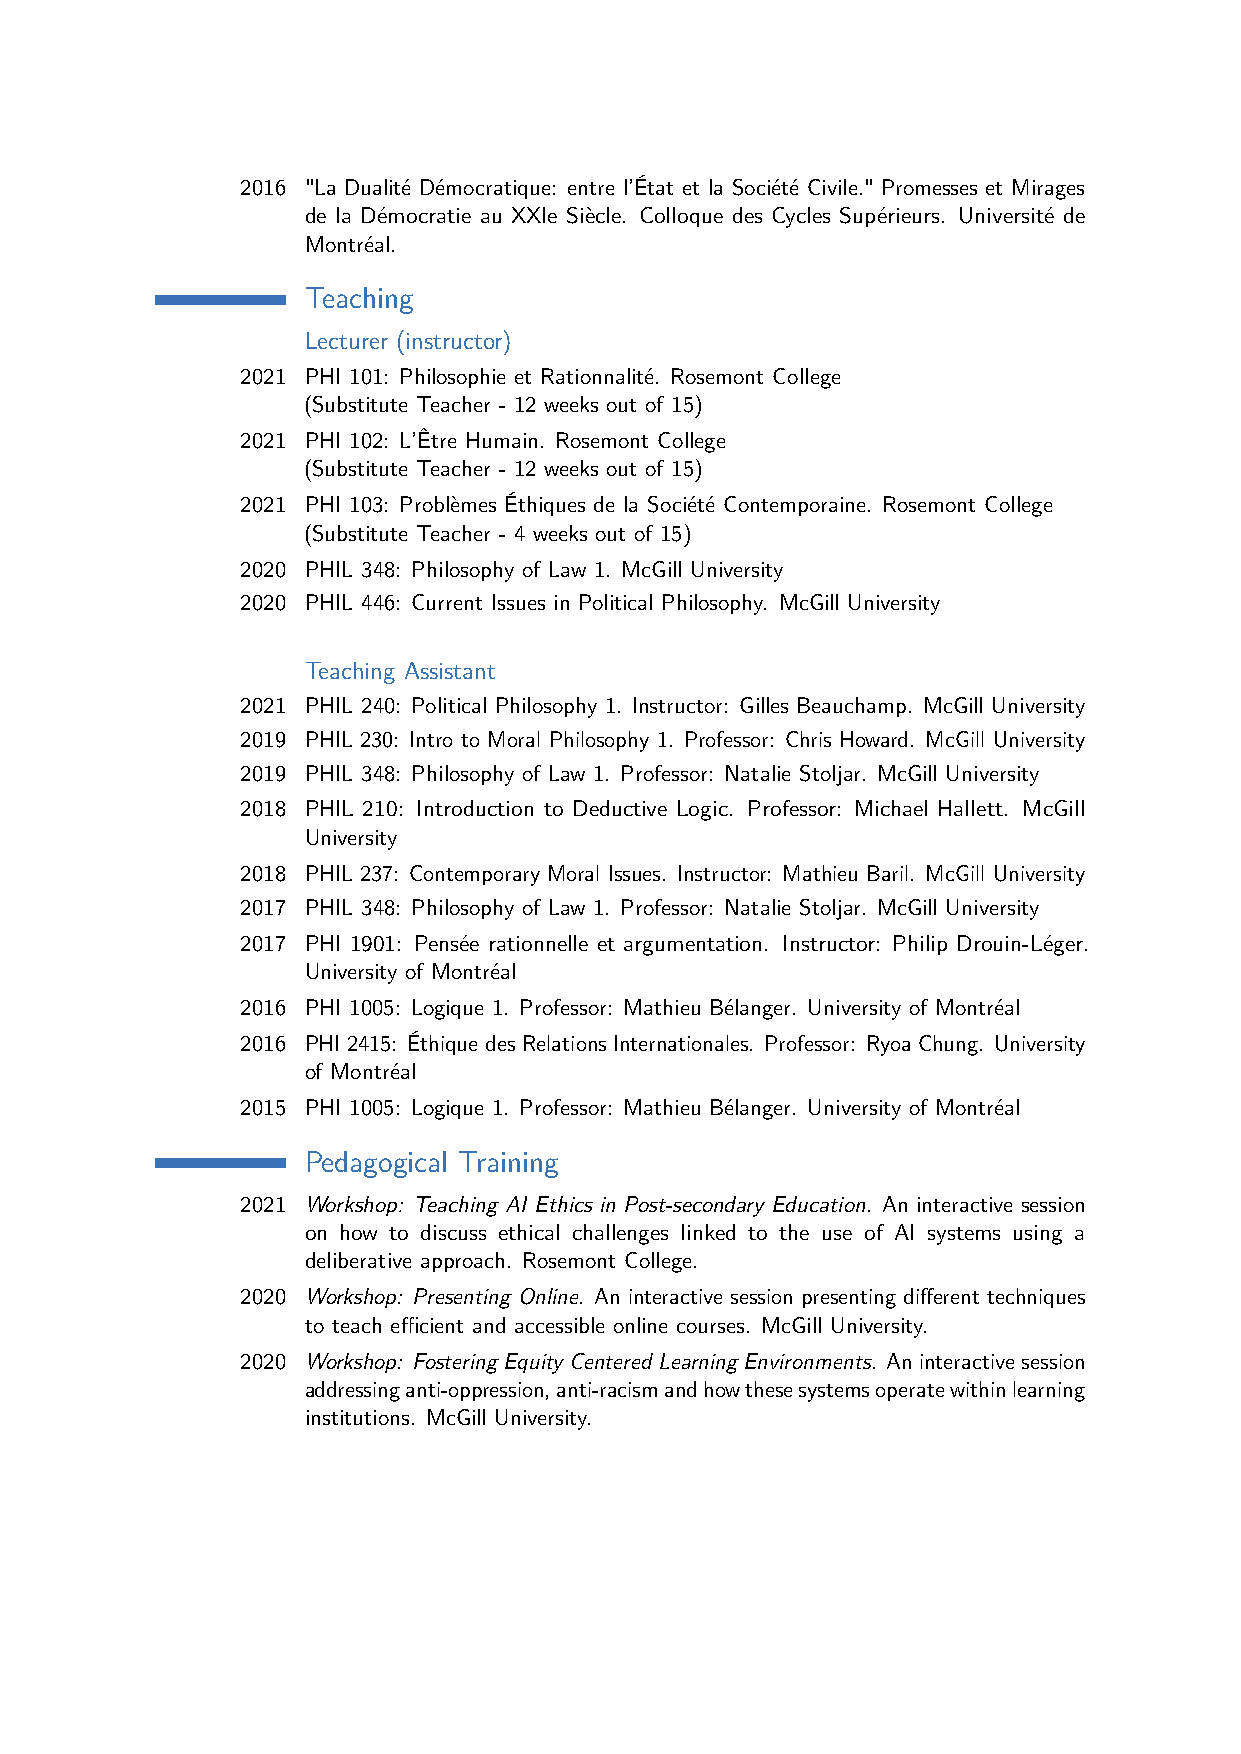
2016 "La Dualité Démocratique: entre l’État et la Société Civile." Promesses et Mirages
 de la Démocratie au XXIe Siècle. Colloque des Cycles Supérieurs. Université de
 Montréal.
 Teaching
 Lecturer (instructor)
 2021 PHI 101: Philosophie et Rationnalité. Rosemont College
 (Substitute Teacher - 12 weeks out of 15)
 2021 PHI 102: L’Être Humain. Rosemont College
 (Substitute Teacher - 12 weeks out of 15)
 2021 PHI 103: Problèmes Éthiques de la Société Contemporaine. Rosemont College
 (Substitute Teacher - 4 weeks out of 15)
 2020 PHIL 348: Philosophy of Law 1. McGill University
 2020 PHIL 446: Current Issues in Political Philosophy. McGill University
 Teaching Assistant
 2021 PHIL 240: Political Philosophy 1. Instructor: Gilles Beauchamp. McGill University
 2019 PHIL 230: Intro to Moral Philosophy 1. Professor: Chris Howard. McGill University
 2019 PHIL 348: Philosophy of Law 1. Professor: Natalie Stoljar. McGill University
 2018 PHIL 210: Introduction to Deductive Logic. Professor: Michael Hallett. McGill
 University
 2018 PHIL 237: Contemporary Moral Issues. Instructor: Mathieu Baril. McGill University
 2017 PHIL 348: Philosophy of Law 1. Professor: Natalie Stoljar. McGill University
 2017 PHI 1901: Pensée rationnelle et argumentation. Instructor: Philip Drouin-Léger.
 University of Montréal
 2016 PHI 1005: Logique 1. Professor: Mathieu Bélanger. University of Montréal
 2016 PHI 2415: Éthique des Relations Internationales. Professor: Ryoa Chung. University
 of Montréal
 2015 PHI 1005: Logique 1. Professor: Mathieu Bélanger. University of Montréal
 Pedagogical Training
 2021 Workshop: Teaching AI Ethics in Post-secondary Education. An interactive session
 on how to discuss ethical challenges linked to the use of AI systems using a
 deliberative approach. Rosemont College.
 2020 Workshop: Presenting Online. An interactive session presenting different techniques
 to teach efficient and accessible online courses. McGill University.
 2020 Workshop: Fostering Equity Centered Learning Environments. An interactive session
 addressinganti-oppression,anti-racismandhowthesesystemsoperatewithinlearning
 institutions. McGill University.